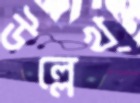
উল্লেখ্